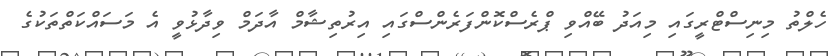
ހެލްތު މިނިސްޓްރީގައިި މިއަދު ބޭއްވި ޕްރެސްކޮންފަރެންސްގައި އިރުތިޝާމް އާދަމް ވިދާޅުވީ އެ މަސައްކަތްތަކުގެ